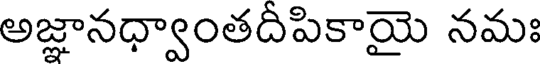
అజ్ఞానధ్వాంతదీపికాయై నమః